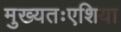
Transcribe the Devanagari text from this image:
मुख्यतःएशिया